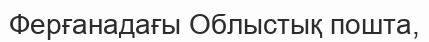
Ферғанадағы Облыстық пошта,